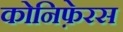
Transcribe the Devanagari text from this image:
कोनिफ़ेरस